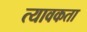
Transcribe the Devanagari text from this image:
त्यावकता